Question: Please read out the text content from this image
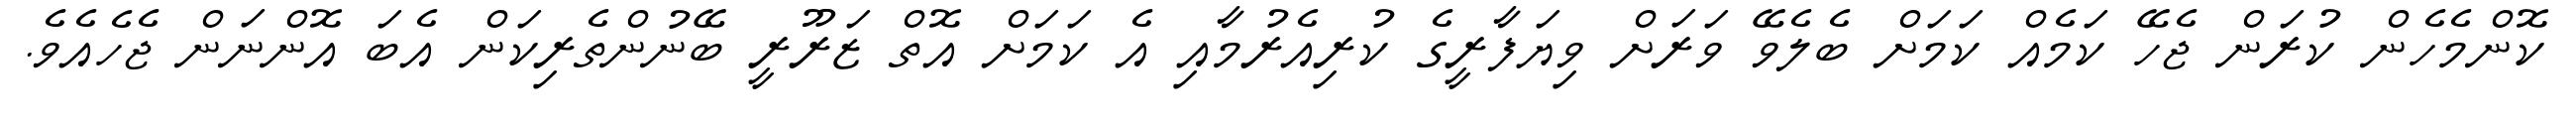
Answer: ކޮންމެހެން ކުރަން ޖެހޭ ކަމެއް ކަމަށް ބެލެވޭ ވަރަށް ވިޔަފާރީގެ ކުރިއެރުމާއި އެ ކަމަށް އޮތް ޒަރޫރީ ބޭނުންތެރިކަން އެބަ އޮންނަން ޖެހެއެވެ.